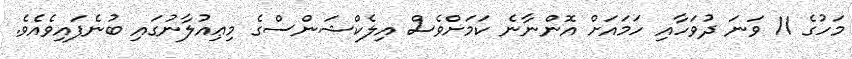
މަހުގެ 11 ވަނަ ދުވަހާއި ހަމައަށް އޮންނާނެ ކަމަށްވެސް އިލެކްޝަންސްގެ މިޢިއުލާނުގައި ބުނެފައިވެއެވެ.